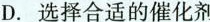
D.选择合适的催化剂